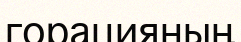
горацияның